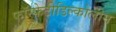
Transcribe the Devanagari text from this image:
फॉस्फेटीडिल्कोलीन